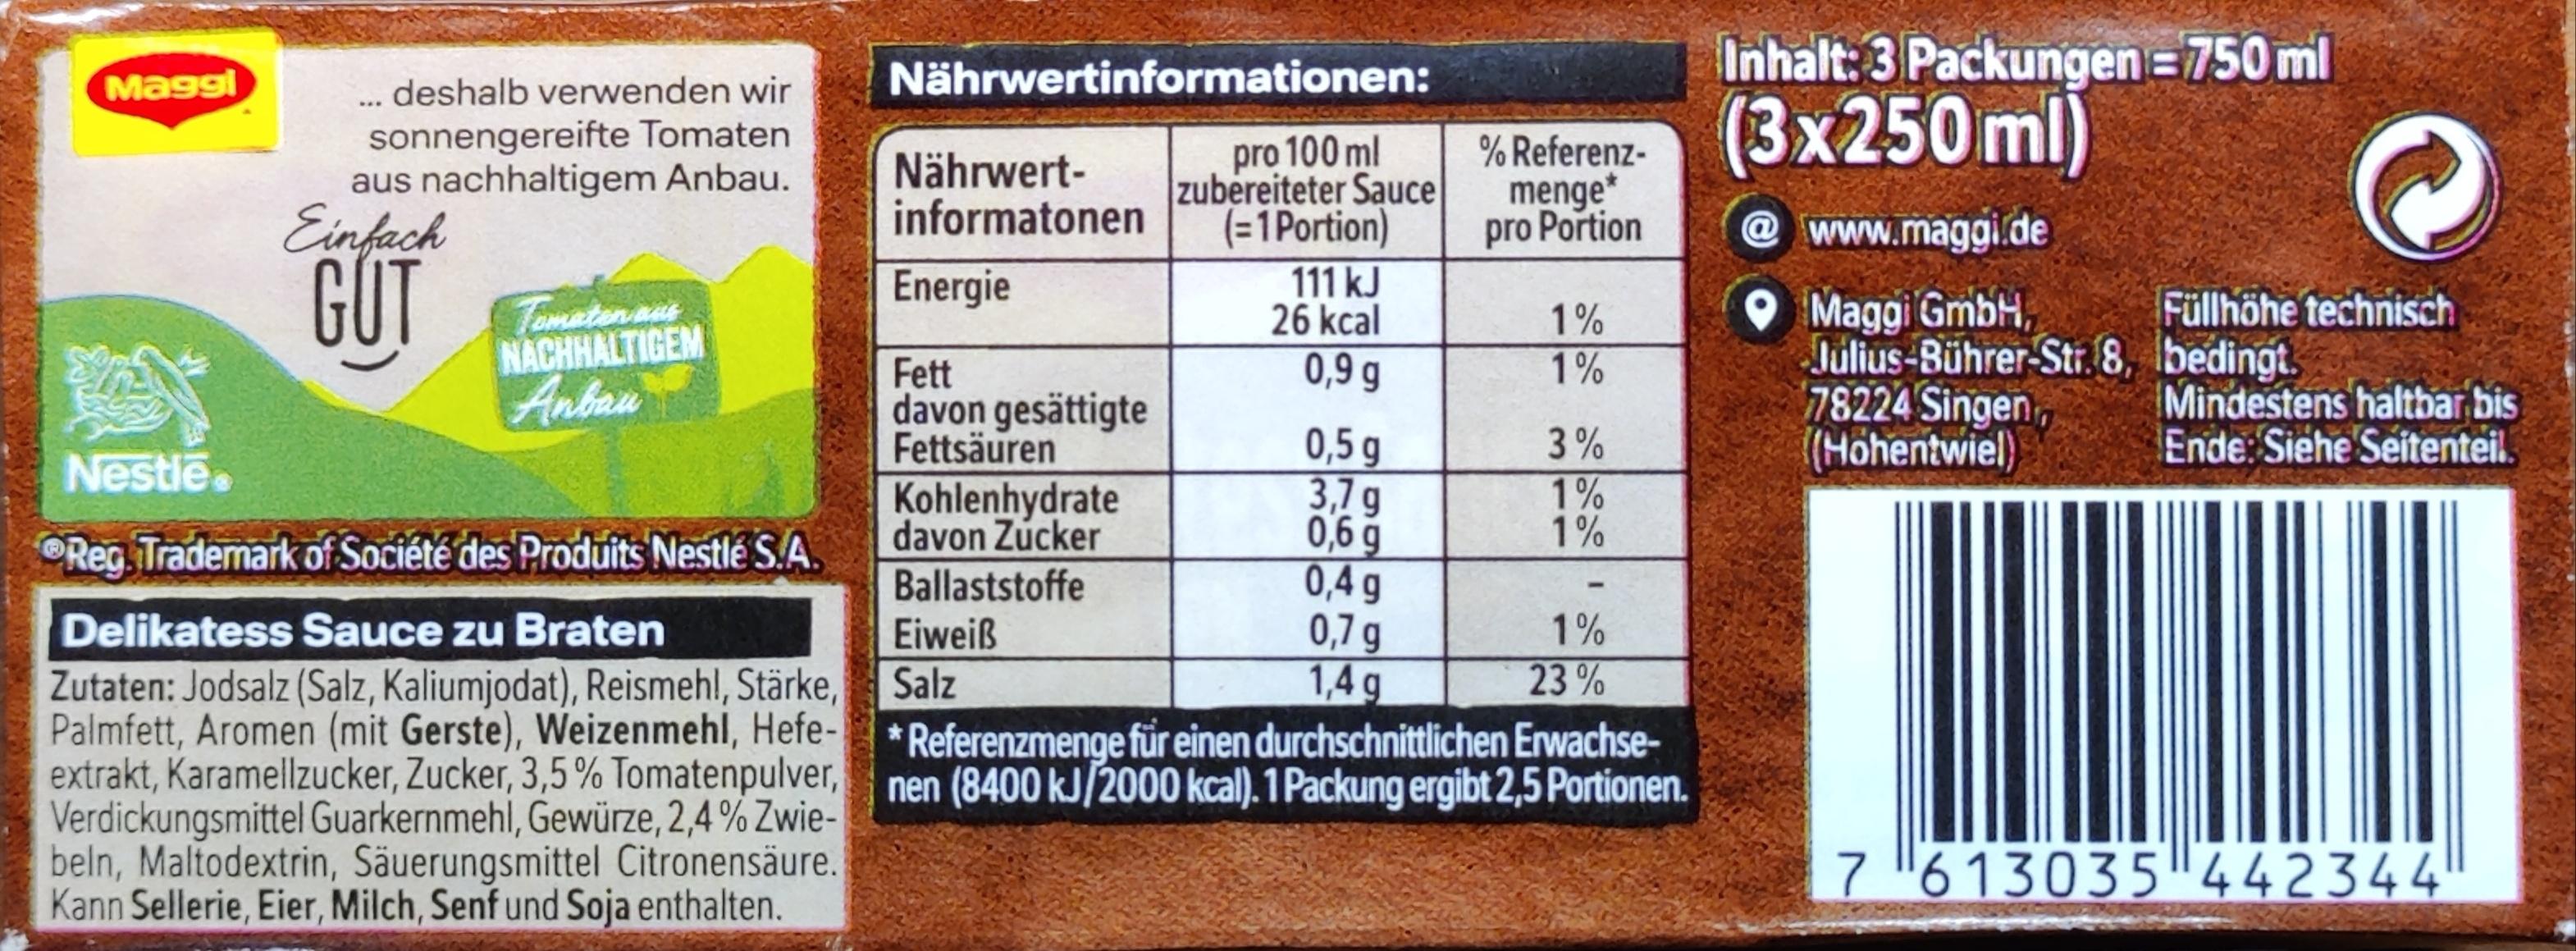
Maggi
... deshalb verwenden wir
sonnengereifte Tomaten aus nachhaltigem Anbau.
Einfach
GUT
Tomaten aus NACHHALTIGEM Anbau
Nestle
Reg. Trademark of Société des Produits Nestlé S.A.
Delikatess Sauce zu Braten
Zutaten: Jodsalz (Salz, Kaliumjodat), Reismehl, Stärke, Palmfett, Aromen (mit Gerste), Weizenmehl, Hefeextrakt, Karamellzucker, Zucker, 3,5% Tomatenpulver, Verdickungsmittel Guarkernmehl, Gewürze, 2,4% Zwiebeln, Maltodextrin, Säuerungsmittel Citronensäure. Kann Sellerie, Eier, Milch, Senf und Soja enthalten.
Nährwertinformationen:
Nährwertinformatonen
Energie
Fett
davon gesättigte Fettsäuren
Kohlenhydrate davon Zucker
Ballaststoffe
Eiweiß
Salz
pro 100 ml zubereiteter Sauce (=1 Portion)
111 kJ
26 kcal
0,9 g
0,5 g
3,7 g
0,6 g
0,4 g
0,7 g
1,4g
% Referenzmenge* pro Portion
1%
1%
3%
1%
1%
1%
23%
Referenzmenge für einen durchschnittlichen Erwachsenen (8400 kJ/2000 kcal). 1 Packung ergibt 2,5 Portionen.
Inhalt: 3 Packungen = 750ml
(3x250 ml)
@www.maggi.de
Maggi GmbH, Julius-Bührer-Str. 8, bedingt
78224 Singen,
(Hohentwiel)
Füllhöhe technisch
Mindestens haltbar bis
Ende: Siehe Seitenteil.
7 613035 442344